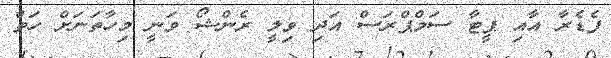
ފެޑެރާ އާއި ޕީޓާ ސަމްޕްރަސް އަދި ވިލީ ރެންޝޯ ވަނީ މިހާތަނަށް ހަތް